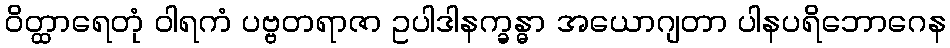
ဝိတ္ထာရေတုံ ဝါရကံ ပဗ္ဗတရာဇာ ဥပါဒါနက္ခန္ဓာ အယောဂျတာ ပါနပရိဘောဂေန